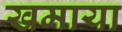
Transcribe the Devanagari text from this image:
खमाया